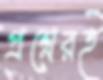
প্রশ্নেরই